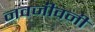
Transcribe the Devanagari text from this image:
नवजीवनी